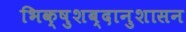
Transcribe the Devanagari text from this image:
भिक्षुशब्दानुशासन